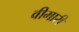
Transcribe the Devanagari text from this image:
वीमारी